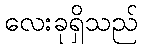
လေးခုရှိသည်